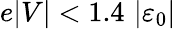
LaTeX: e\vert V\vert<1.4\, \left\vert\varepsilon_{0}\right\vert